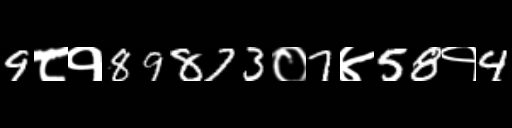
Text: 9८१89873०7४58१4